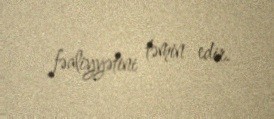
fəaliyyətini təmin edir.